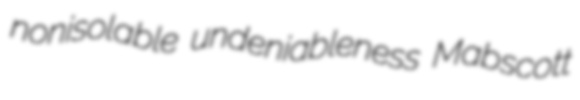
nonisolable undeniableness Mabscott